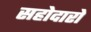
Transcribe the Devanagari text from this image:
सहोदारो